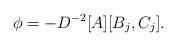
LaTeX: \begin{align*}\phi=-D^{-2}[A][B_{j},C_{j}].\end{align*}